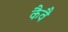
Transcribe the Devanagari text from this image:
कैवै